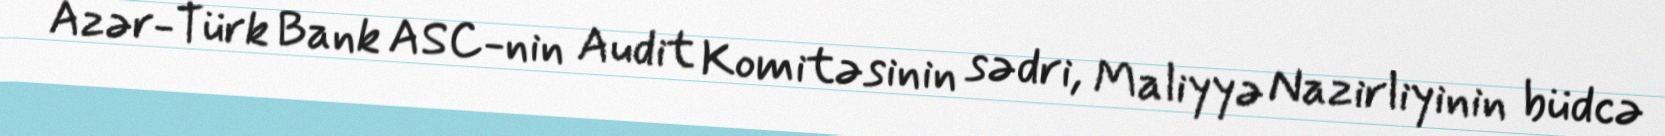
Azər-Türk Bank ASC-nin Audit Komitəsinin sədri, Maliyyə Nazirliyinin büdcə